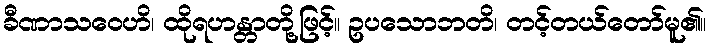
ခီဏာသဝေဟိ၊ ထိုရဟန္တာတို့ဖြင့်။ ဥပသောဘတိ၊ တင့်တယ်တော်မူ၏။